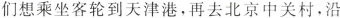
们想乘坐客轮到天津港，再去北京中关村，沿